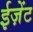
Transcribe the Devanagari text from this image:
ईज़ेंट